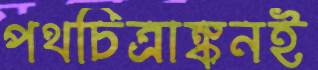
পথচিত্রাঙ্কনই